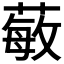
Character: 𱾗